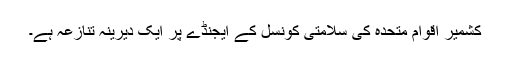
کشمیر اقوام متحدہ کی سلامتی کونسل کے ایجنڈے پر ایک دیرینہ تنازعہ ہے۔